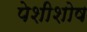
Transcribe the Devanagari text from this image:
पेशीशोष